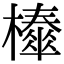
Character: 𣞜